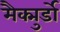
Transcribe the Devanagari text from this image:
मैक्मुर्डो